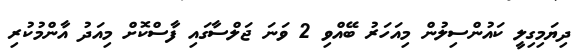
ދިޔަމިގިލީ ކައުންސިލުން މިއަހަރު ބޭއްވި 2 ވަނަ ޖަލްސާގައި ފާސްކޮށް މިއަދު އާންމުކުރި